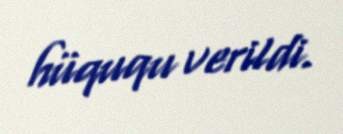
hüququ verildi.